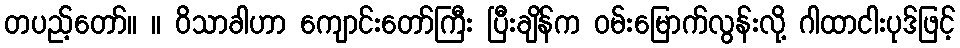
တပည့်တော်။ ။ ဝိသာခါဟာ ကျောင်းတော်ကြီး ပြီးချိန်က ဝမ်းမြောက်လွန်းလို့ ဂါထာငါးပုဒ်ဖြင့်